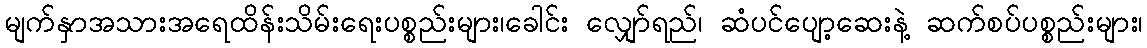
မျက်နှာအသားအရေထိန်းသိမ်းရေးပစ္စည်းများ၊ခေါင်း လျှော်ရည်၊ ဆံပင်ပျော့ဆေးနဲ့ ဆက်စပ်ပစ္စည်းများ၊